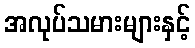
အလုပ်သမားများနှင့်